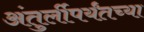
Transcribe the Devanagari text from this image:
अंतुर्लीपर्यंतच्या